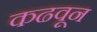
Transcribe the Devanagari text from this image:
कढवून